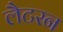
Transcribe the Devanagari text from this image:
लैटरन